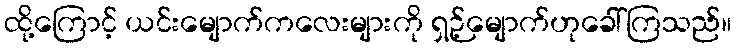
ထို့ကြောင့် ယင်းမျောက်ကလေးများကို ရှဉ့်မျောက်ဟုခေါ်ကြသည်။